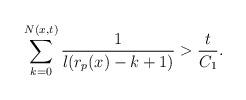
LaTeX: \begin{align*}\sum_{k=0}^{N(x,t)}\frac{1}{l(r_p(x)-k+1)}>\frac{t}{C_1}.\end{align*}